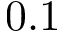
0 . 1